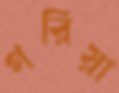
গরিয়া